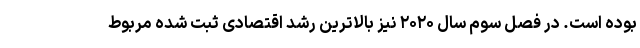
بوده است. در فصل سوم سال ۲۰۲۰ نیز بالاترین رشد اقتصادی ثبت شده مربوط